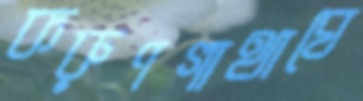
করুণগাথাঘে